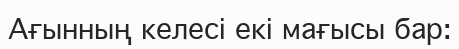
Ағынның келесі екі мағысы бар: